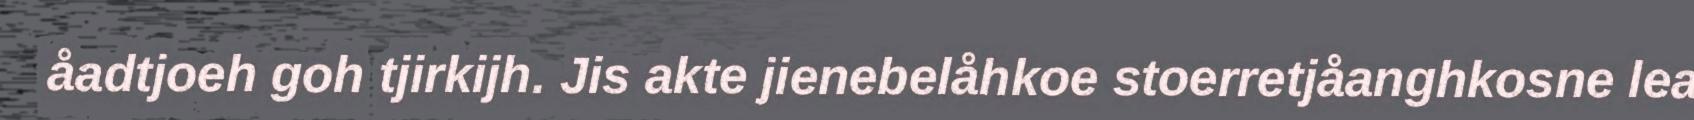
åadtjoeh goh tjirkijh. Jis akte jienebelåhkoe stoerretjåanghkosne lea